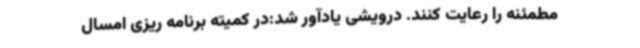
مطمئنه را رعایت کنند. درویشی یادآور شد:در کمیته برنامه ریزی امسال